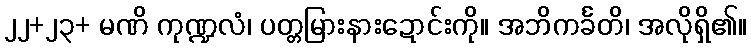
၂၂+၂၃+ မဏိ ကုဏ္ဍလံ၊ ပတ္တမြားနားဍောင်းကို။ အဘိကင်္ခတိ၊ အလိုရှိ၏။